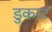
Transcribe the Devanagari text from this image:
डुकाट